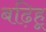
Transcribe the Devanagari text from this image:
बढ़िहू